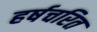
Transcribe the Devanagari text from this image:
हर्षचरित